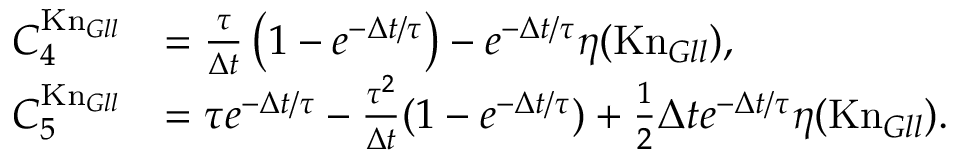
\begin{array} { r l } { C _ { 4 } ^ { \mathrm { K n } _ { G l l } } } & { = \frac { \tau } { \Delta t } \left( 1 - e ^ { - \Delta t / \tau } \right) - e ^ { - \Delta t / \tau } \eta ( \mathrm { K n } _ { G l l } ) , } \\ { C _ { 5 } ^ { \mathrm { K n } _ { G l l } } } & { = \tau e ^ { - \Delta t / \tau } - \frac { \tau ^ { 2 } } { \Delta t } ( 1 - e ^ { - \Delta t / \tau } ) + \frac 1 2 \Delta t e ^ { - \Delta t / \tau } \eta ( \mathrm { K n } _ { G l l } ) . } \end{array}